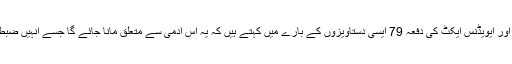
انکم ٹیکس کی دفعہ 132(4) اور 4A، 1961 اور ایویڈنس ایکٹ کی دفعہ 79 ایسی دستاویزوں کے بارے میں کہتے ہیں کہ یہ اس آدمی سے متعلق مانا جائے گا جسے انہیں ضبط کیا گیا ہو اور انہیں صحیح ثبوت مانا جائے گا۔